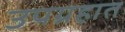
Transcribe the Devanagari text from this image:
उपग्रहात